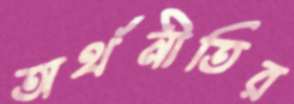
অর্থনীতির